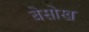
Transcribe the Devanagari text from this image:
बेसोख